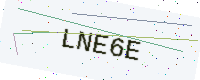
Text: LNE6E